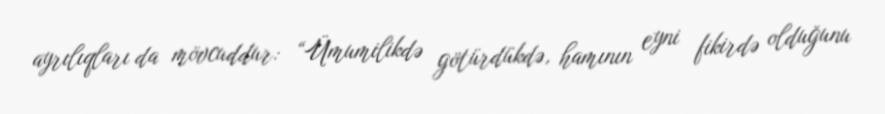
ayrılıqları da mövcuddur: “Ümumilikdə götürdükdə, hamının eyni fikirdə olduğunu